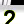
Digit: 2